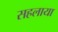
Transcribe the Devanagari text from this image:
सहलाया